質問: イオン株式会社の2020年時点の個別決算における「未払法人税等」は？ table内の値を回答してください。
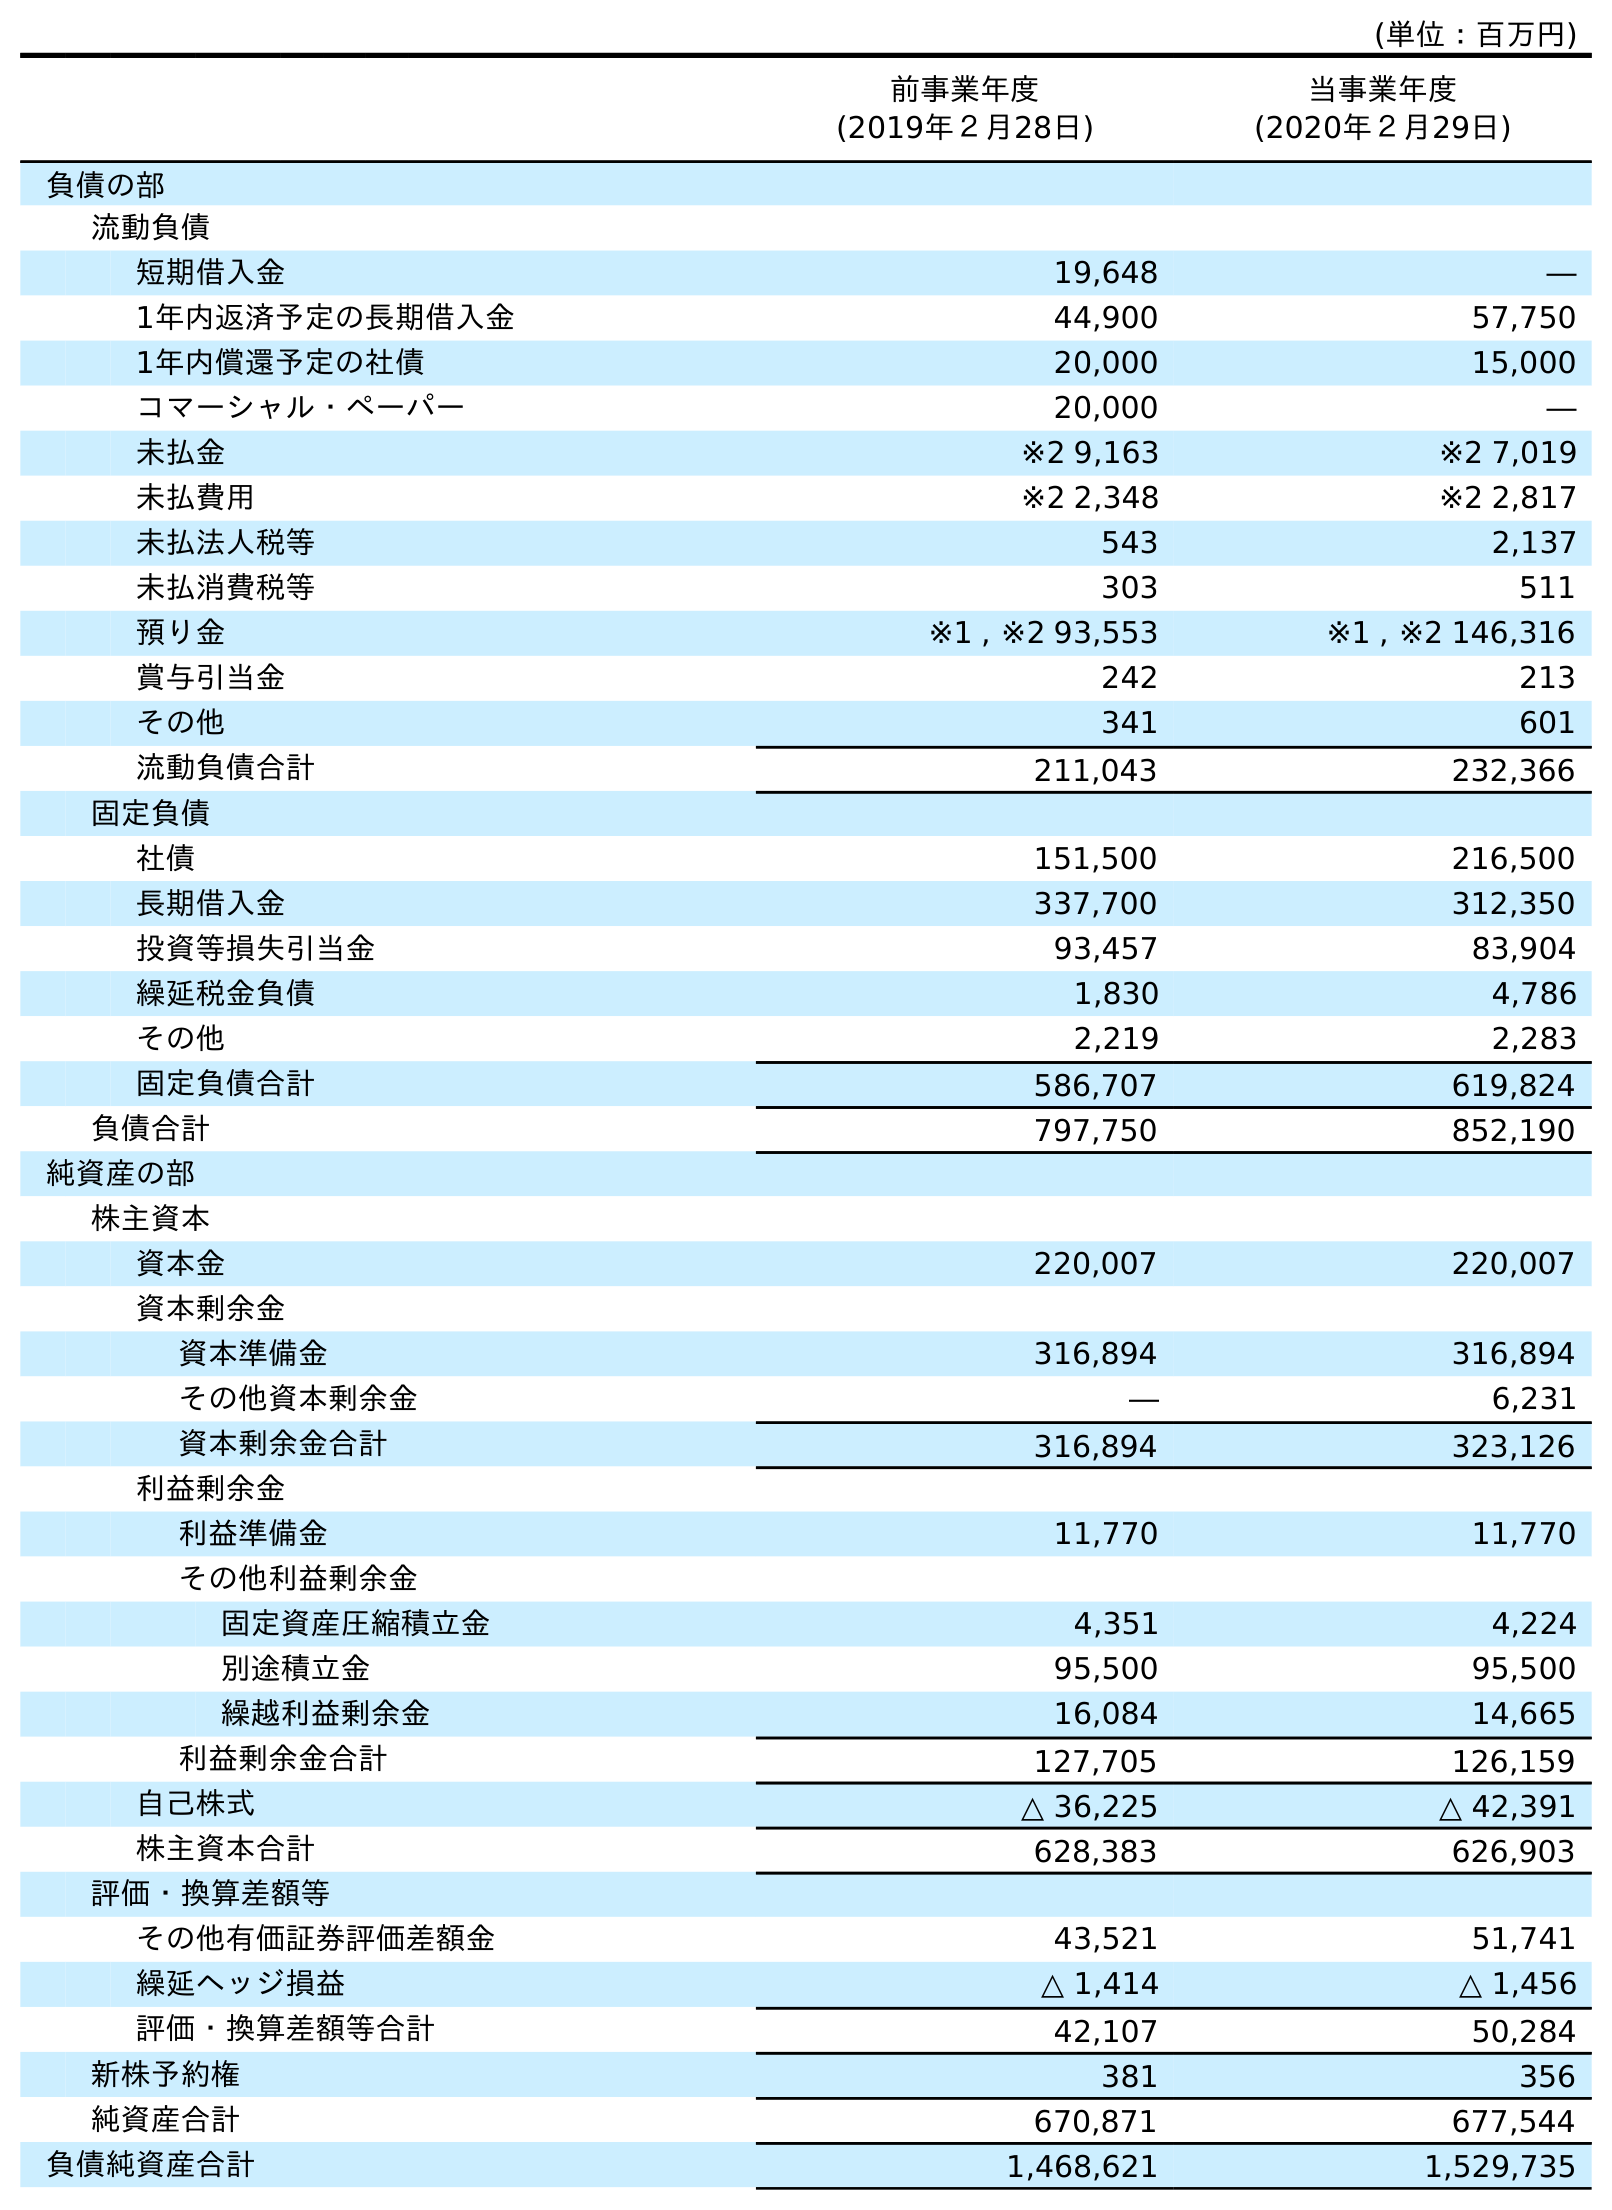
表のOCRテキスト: (単位：百万円) 前事業年度 (2019年２月28日) 当事業年度 (2020年２月29日) 負債の部 流動負債 短期借入金 19,648 ― 1年内返済予定の長期借入金 44,900 57,750 1年内償還予定の社債 20,000 15,000 コマーシャル・ペーパー 20,000 ― 未払金 ※2 9,163 ※2 7,019 未払費用 ※2 2,348 ※2 2,817 未払法人税等 543 2,137 未払消費税等 303 511 預り金 ※1 , ※2 93,553 ※1 , ※2 146,316 賞与引当金 242 213 その他 341 601 流動負債合計 211,043 232,366 固定負債 社債 151,500 216,500 長期借入金 337,700 312,350 投資等損失引当金 93,457 83,904 繰延税金負債 1,830 4,786 その他 2,219 2,283 固定負債合計 586,707 619,824 負債合計 797,750 852,190 純資産の部 株主資本 資本金 220,007 220,007 資本剰余金 資本準備金 316,894 316,894 その他資本剰余金 ― 6,231 資本剰余金合計 316,894 323,126 利益剰余金 利益準備金 11,770 11,770 その他利益剰余金 固定資産圧縮積立金 4,351 4,224 別途積立金 95,500 95,500 繰越利益剰余金 16,084 14,665 利益剰余金合計 127,705 126,159 自己株式 △ 36,225 △ 42,391 株主資本合計 628,383 626,903 評価・換算差額等 その他有価証券評価差額金 43,521 51,741 繰延ヘッジ損益 △ 1,414 △ 1,456 評価・換算差額等合計 42,107 50,284 新株予約権 381 356 純資産合計 670,871 677,544 負債純資産合計 1,468,621 1,529,735
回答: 2,137